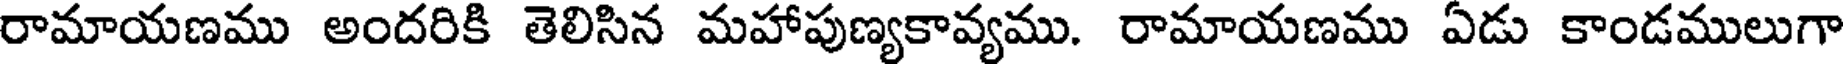
రామాయణము అందరికి తెలిసిన మహాపుణ్యకావ్యము. రామాయణము ఏడు కాండములుగా